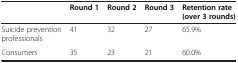
<table><thead><tr><td></td><td><b>Round 1</b></td><td><b>Round 2</b></td><td><b>Round 3</b></td><td><b>Retention rate (over 3 rounds)</b></td></tr></thead><tbody><tr><td>Suicide prevention professionals</td><td>41</td><td>32</td><td>27</td><td>65.9%</td></tr><tr><td>Consumers</td><td>35</td><td>23</td><td>21</td><td>60.0%</td></tr></tbody></table>